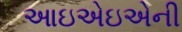
આઇએઇએની